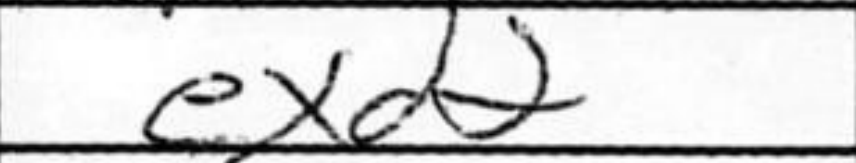
Transcription: exd2